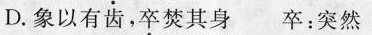
D.象以有齿，卒焚其身 卒：突然